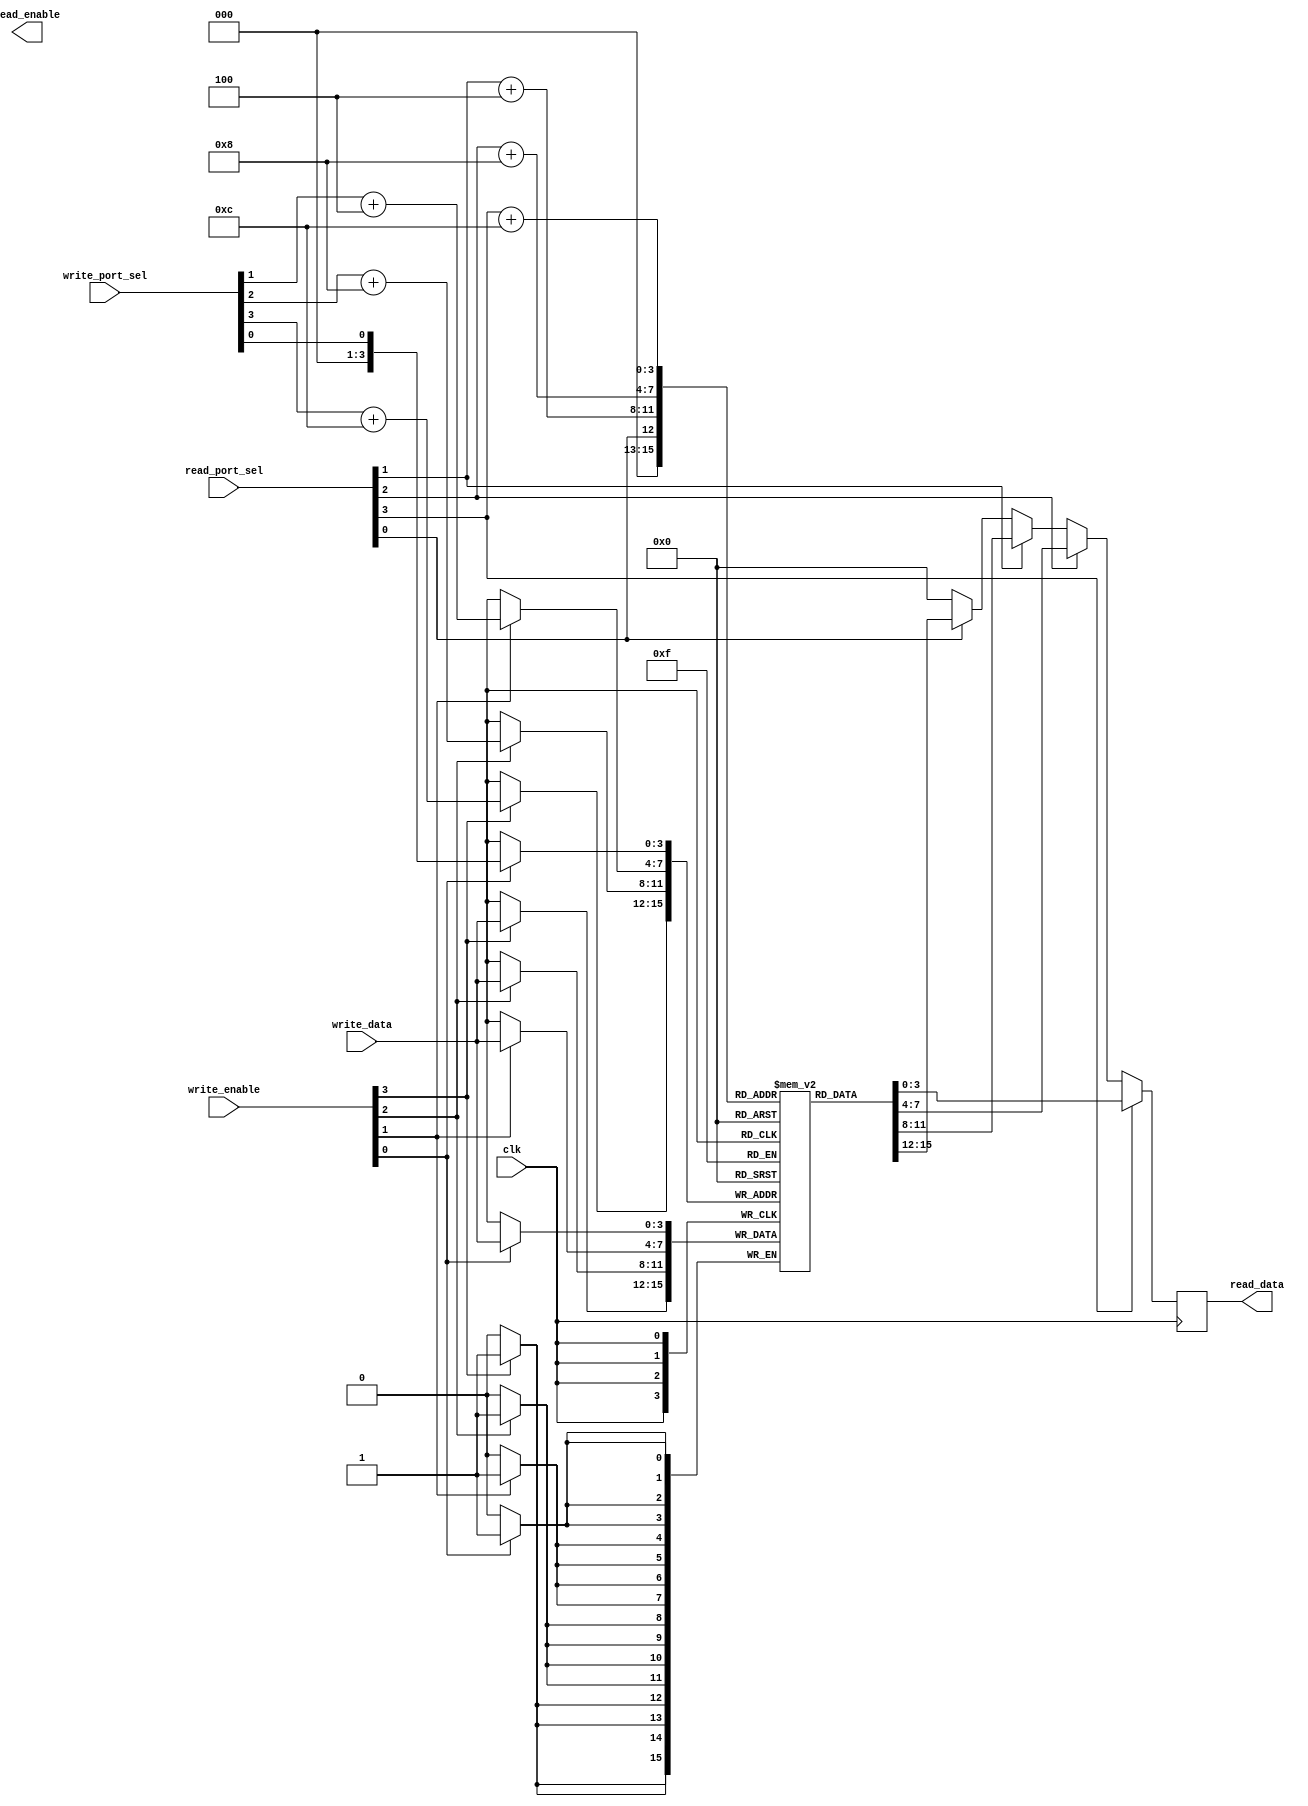
module register_file (
    input wire clk,
    input wire [3:0] write_port_sel,
    input wire [3:0] read_port_sel,
    input wire [3:0] write_data,
    output reg [3:0] read_data,
    input wire [3:0] write_enable,
    output reg [3:0] read_enable
);

reg [3:0] register_file [0:15];

always @(posedge clk) begin
    // Write operation
    if (write_enable[0] == 1'b1) begin
        register_file[write_port_sel[0]] <= write_data;
    end
    
    if (write_enable[1] == 1'b1) begin
        register_file[write_port_sel[1] + 4] <= write_data;
    end
        
    if (write_enable[2] == 1'b1) begin
        register_file[write_port_sel[2] + 8] <= write_data;
    end
        
    if (write_enable[3] == 1'b1) begin
        register_file[write_port_sel[3] + 12] <= write_data;
    end
    
    // Read operation
    read_data = 4'b0;
    
    if (read_port_sel[0] != 4'b0) begin
        read_data = register_file[read_port_sel[0]];
    end
    
    if (read_port_sel[1] != 4'b0) begin
        read_data = register_file[read_port_sel[1] + 4];
    end
    
    if (read_port_sel[2] != 4'b0) begin
        read_data = register_file[read_port_sel[2] + 8];
    end
    
    if (read_port_sel[3] != 4'b0) begin
        read_data = register_file[read_port_sel[3] + 12];
    end
end

endmodule